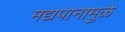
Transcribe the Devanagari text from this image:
मद्यपानामुळे